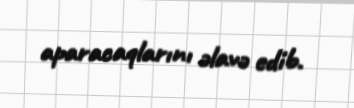
aparacaqlarını əlavə edib.